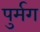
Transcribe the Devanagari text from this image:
पुर्मग